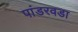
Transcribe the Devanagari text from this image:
पांडरवडा